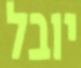
יובל